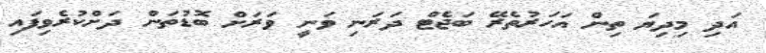
އަދި މިދިޔަ ތިން އަހަރުތެރޭ ބަޖެޓް ދަރަނި ވަނީ ވަރަށް ބޮޑުތަން ދަށްކުރެވިފައި